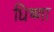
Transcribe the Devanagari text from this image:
धिष्णा